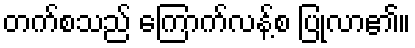
တက်စသည် ကြောက်လန့်စ ပြုလာ၏။